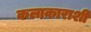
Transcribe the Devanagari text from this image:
कलाकाराशी